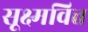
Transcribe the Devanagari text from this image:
सूक्ष्मवित्त